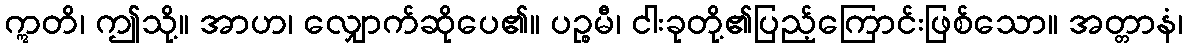
ဣတိ၊ ဤသို့။ အာဟ၊ လျှောက်ဆိုပေ၏။ ပဉ္စမီ၊ ငါးခုတို့၏ပြည့်ကြောင်းဖြစ်သော။ အတ္တာနံ၊